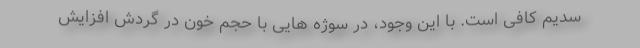
سدیم کافی است. با این وجود، در سوژه هایی با حجم خون در گردش افزایش